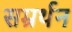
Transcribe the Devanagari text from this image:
सम्रर्थन